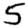
Digit: 5